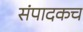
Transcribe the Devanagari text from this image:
संपादकच